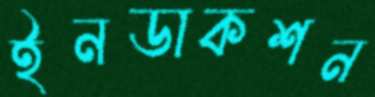
ইনডাকশন